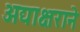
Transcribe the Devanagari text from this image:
अद्याक्षराने